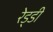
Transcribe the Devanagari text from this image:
रेड्‌डी